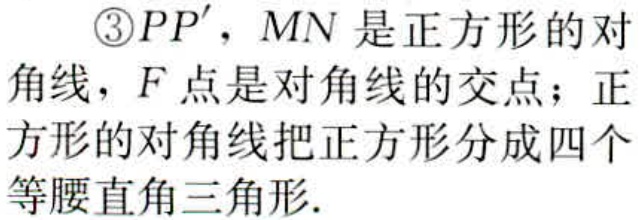
\textcircled{3}$$PP'，MN$是正方形的对\\角线，$F$点是对角线的交点；正\\方形的对角线把正方形分成四个\\等腰直角三角形.